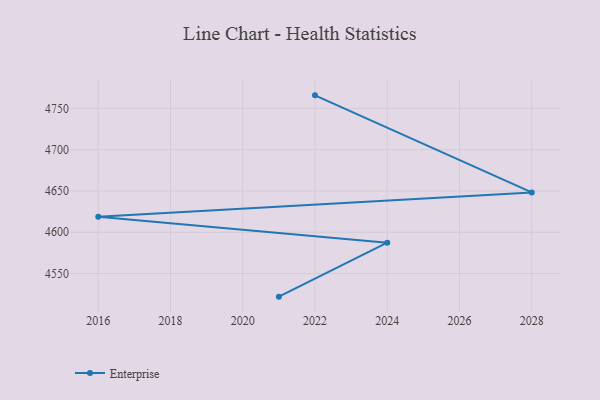
{"axis": {"x": "Year", "y": "LTV (USD)"}, "legend": ["Enterprise"], "data": [{"x": "2021", "y": 4522.0, "type": "Enterprise"}, {"x": "2024", "y": 4587.4, "type": "Enterprise"}, {"x": "2016", "y": 4618.7, "type": "Enterprise"}, {"x": "2028", "y": 4648.3, "type": "Enterprise"}, {"x": "2022", "y": 4765.9, "type": "Enterprise"}]}